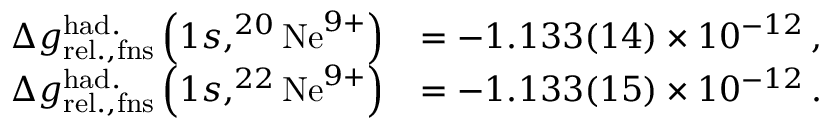
\begin{array} { r l } { \Delta g _ { \mathrm { r e l . , f n s } } ^ { \mathrm { h a d . } } \left( 1 s , ^ { 2 0 } \mathrm { N e } ^ { 9 + } \right) } & { = - 1 . 1 3 3 ( 1 4 ) \times 1 0 ^ { - 1 2 } \, , } \\ { \Delta g _ { \mathrm { r e l . , f n s } } ^ { \mathrm { h a d . } } \left( 1 s , ^ { 2 2 } \mathrm { N e } ^ { 9 + } \right) } & { = - 1 . 1 3 3 ( 1 5 ) \times 1 0 ^ { - 1 2 } \, . } \end{array}